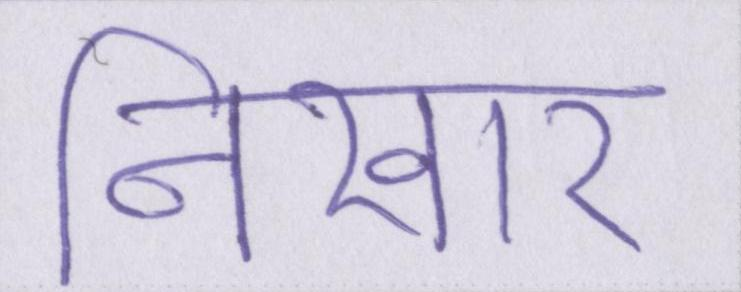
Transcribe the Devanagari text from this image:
निखार